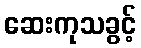
ဆေးကုသခွင့်